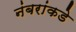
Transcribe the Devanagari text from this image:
नंबरांकडे